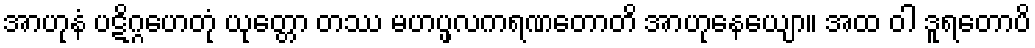
အာဟုနံ ပဋိဂ္ဂဟေတုံ ယုတ္တော တဿ မဟပ္ဖလကရဏတောတိ အာဟုနေယျော။ အထ ဝါ ဒူရတောပိ